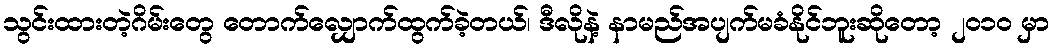
သွင်းထားတဲ့ဂိမ်းတွေ တောက်လျှောက်ထွက်ခဲ့တယ်၊ ဒီလိုနဲ့ နာမည်အပျက်မခံနိုင်ဘူးဆိုတော့ ၂၀၁၀ မှာ